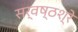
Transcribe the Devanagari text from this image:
सर्वष्ठश्रे